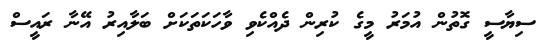
ސިޔާސީ ގޮތުން އުމަރު މީގެ ކުރިން ދެއްކެވި ވާހަކަތަކަށް ބަލާއިރު އޭނާ ރައީސް